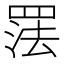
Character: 𰭑